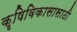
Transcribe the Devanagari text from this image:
कॄषिविकासासाठी